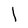
Character: 1